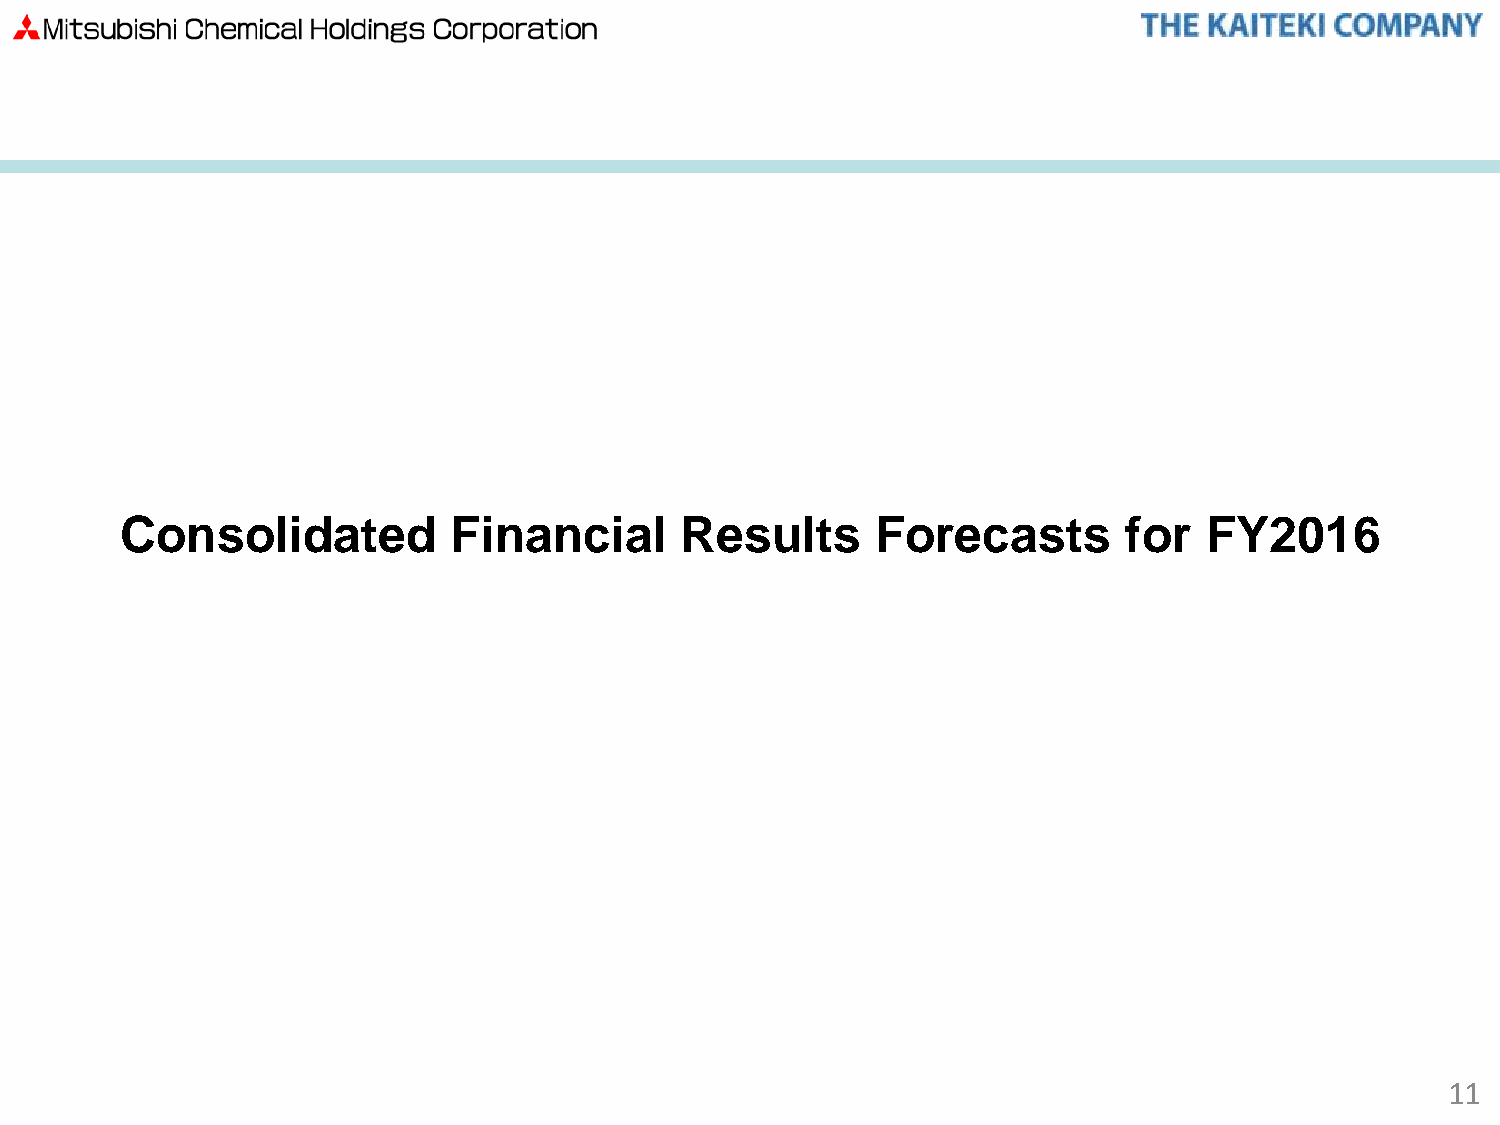
Consolidated          Financial      Results      Forecasts       for   FY2016
 11